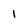
Character: 1